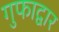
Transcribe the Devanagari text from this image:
गुफाद्वार